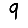
Digit: 9